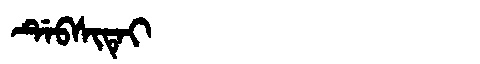
Manchu: ᡩᡝᠪᠰᡳᡨᡝᡳ
Romanization: DEBSITEI